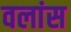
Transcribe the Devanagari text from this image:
वलांस